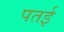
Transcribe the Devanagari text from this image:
पतई